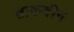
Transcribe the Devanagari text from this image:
ताकदीनं